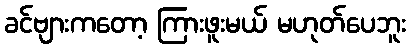
ခင်ဗျားကတော့ ကြားဖူးမယ် မဟုတ်ပေဘူး